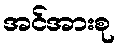
အင်အားစု